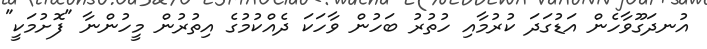
އުނދަގޫވާހެން އަޑުގަދަ ކުރުމާއި ހުތުރު ބަހުން ވާހަކަ ދެއްކުމުގެ އިތުރުން މީހުންނާ "ފޮށުމަކީ"